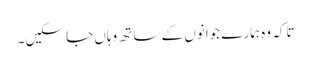
تاکہ وہ ہمارے جوانوں کے ساتھ وہاں جا سکیں۔